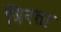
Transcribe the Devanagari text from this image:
त्रिरत्ता